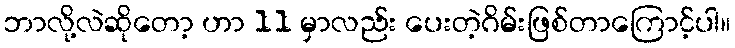
ဘာလို့လဲဆိုတော့ ဟာ 11 မှာလည်း ပေးတဲ့ဂိမ်းဖြစ်တာကြောင့်ပါ။